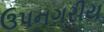
ઉપનગરીય